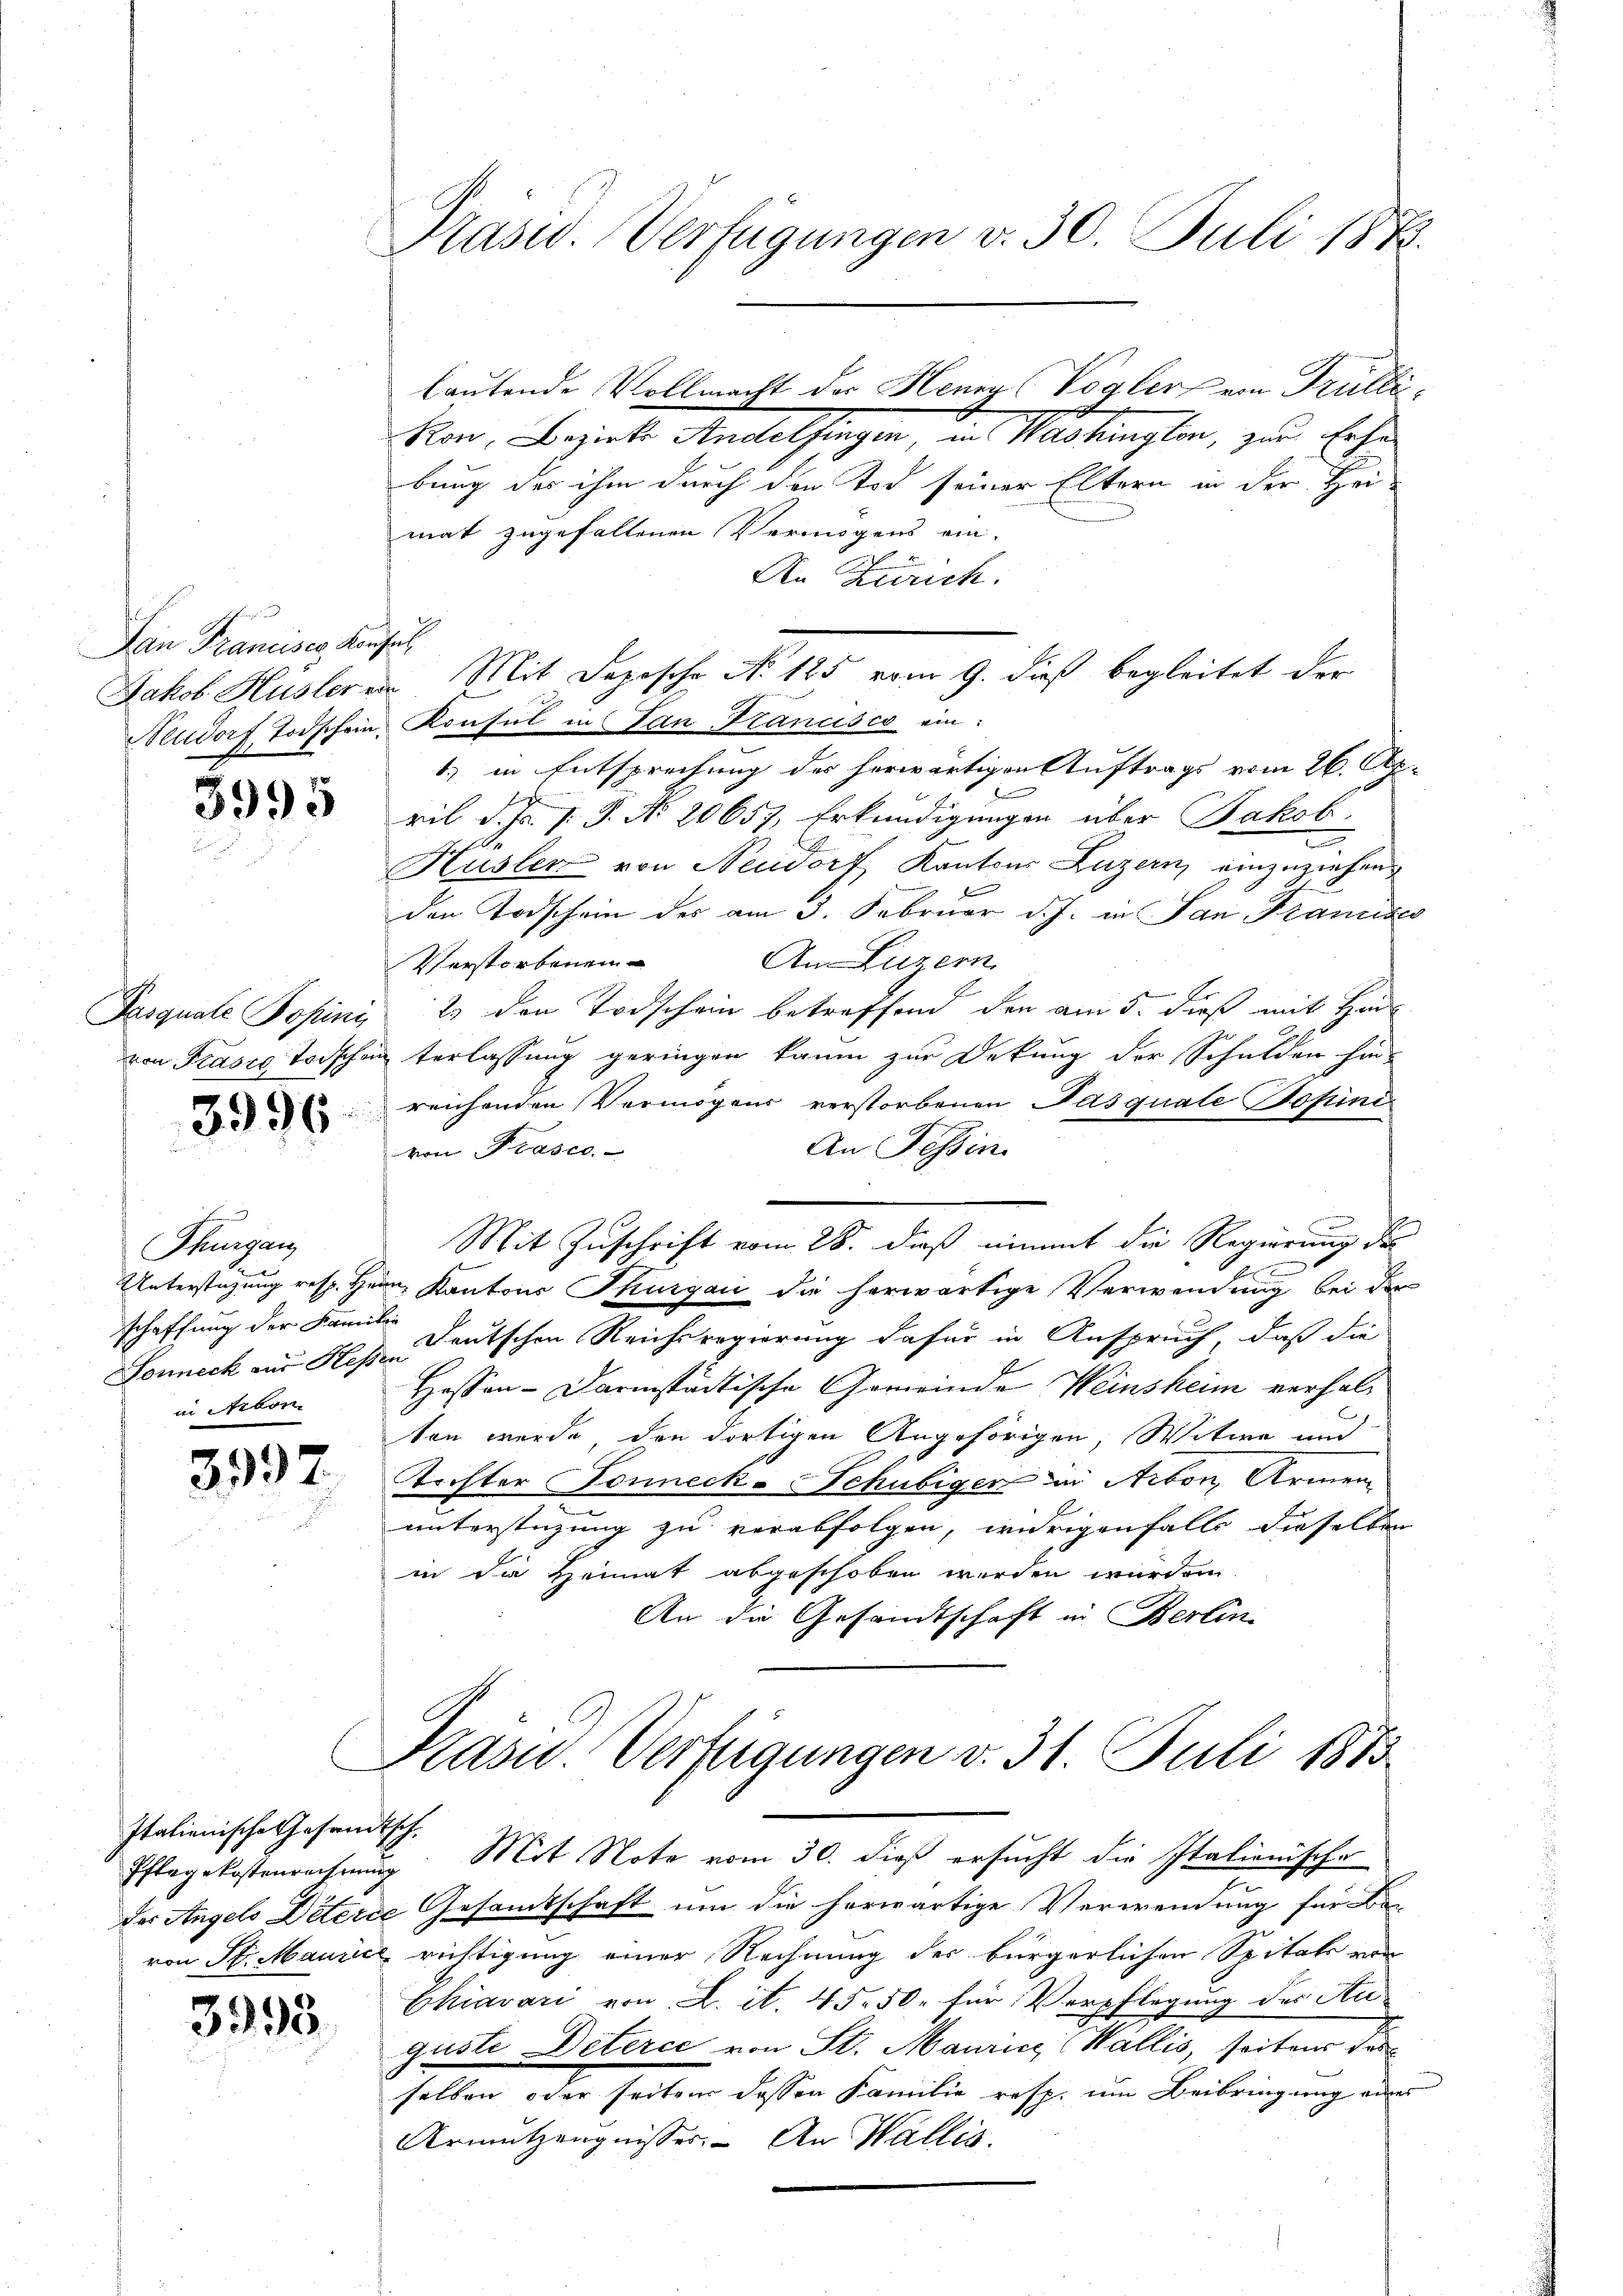
San Francisco Konsuch

3995

Pasquale Popini
von Prasie Toischen

3996.

Thurgau
schaffung der Familie
in Arbon

3997

Italienische Gesandtsch,

3993

Präsid. Verfügungen v. 30. Juli 187.

bung des ihm durch den Tod seiner Eltern in der Hei-
mat zugefallenen Vermögens ein-
An Zürich.
Neudorf Todschein Konsul in San Francisco ein:
1.) in Entsprechung der herwärtigen Auftrags vom 26. Ap-
ril d. J. J. J. No. 20657, Erkundigungen über Jakob
Hüsler von Neudorf Kantons Luzern, einzuziehen,
den Todschein des am 3. Februar d. J. in San Franzises
An Luzern.
Verstorbenen
2 den Todschein betreffend den am 5. dieß mit Hin
terlassung geringen kaum zur Dekung der Schulden hin
reichenden Vermögens verstorbenen Pasquale Jopini
An Tessin.
von Prasec.
Mit Zuschrift vom 28. dieß nimmt die Regierung des

Unterstüzung resp. Herrn Kantons Thurgau die herwärtige Verwendung bei der
Lonneck aus Hops "Deutschen Reichsregierung dafür in Anspruch, daß die
Hessen-Darmstädtische Gemeinde Weinsheim verhalten wurde, den dortigen Angehörigen, Witwe und
Tochter Sonneck-Schubigen in Arbon, Armenunterstüzung zu verabfolgen, widrigenfalls dieselben
in da Heimat abgeschoben werden wurden.
An die Gesandtschaft in Berlin

Jakob Hüsler in Mit Depesche No 125 vom 9. dieß begleitet der

lautende Vollmacht der Henry (Vogler von Trülli¬
Ron, Bezirk Andelfingen, in Washington, zur Erhe¬

Kasu. Verfügungen v. 31. Juli 1883.
Pflegekostenrechnung Mit Note vom 30. dieß ersucht die Italionische

der Angels Deterie Gesandtschaft um die herwärtige Verwendung für Be-
von St. Maurice richtigung einer Rechnung der bürgerlichen Spitals von
Chiavari von A. et. 45. 50. für Verpflegung der Auguste Deterce von St. Maurice Wallis, seitens des
selben oder seiten dessen Familie resp. um Beibringung eines
Armutzengnisser. An Wallis.